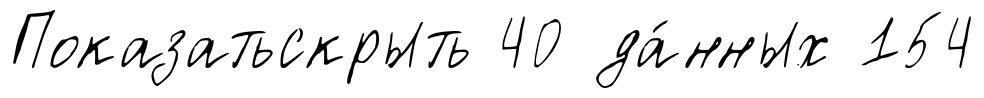
Показатьскрыть 40 да́нных 154